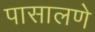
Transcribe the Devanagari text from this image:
पासालणे